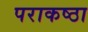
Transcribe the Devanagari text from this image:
पराकष्ठा